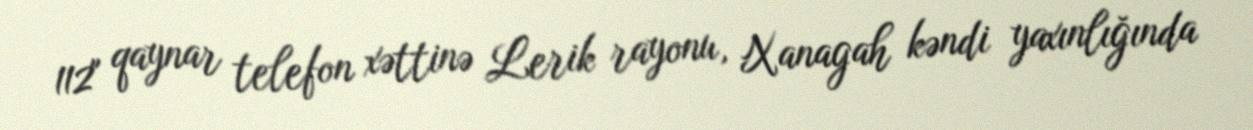
112" qaynar telefon xəttinə Lerik rayonu, Xanagah kəndi yaxınlığında